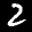
Label: 2